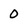
Character: 0